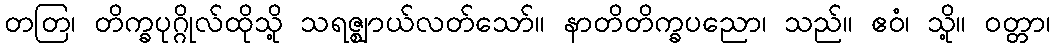
တတြ၊ တိက္ခပုဂ္ဂိုလ်ထိုသို့ သရဇ္ဈာယ်လတ်သော်။ နာတိတိက္ခပညော၊ သည်။ ဧဝံ၊ သို့။ ဝတ္တာ၊